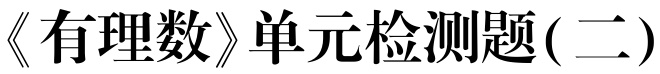
《有理数》单元检测题(二)